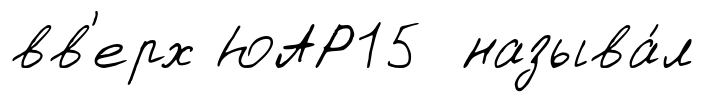
вв'ерх ЮАР15 называ́л